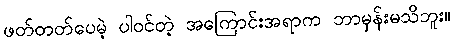
ဖတ်တတ်ပေမဲ့ ပါဝင်တဲ့ အကြောင်းအရာက ဘာမှန်းမသိဘူး။